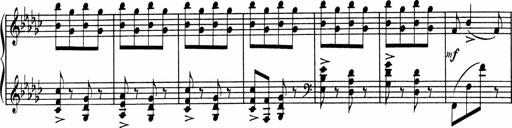
Title: Sonatine pour piano
Composer: Albert Roussel